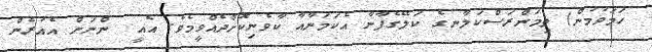
ހަމަވުމުން) ތިމަންރަސްކަލާނގެ ކަލޭގެފާނާ އެކަމަނާއާ ކާވެނިކޮށްދެއްވީމެވެ. އެއީ  ންނަށް އެއުރެން